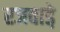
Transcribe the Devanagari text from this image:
रजवाडे़